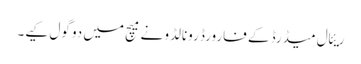
ریئال میڈرڈ کے فارورڈ رونالڈو نے میچ میں دو گول کیے۔